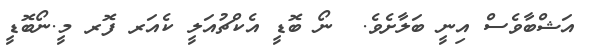
އަޝްބާވެސް އިނީ ބަލާށެވެ.  ނޯ ބޮޑީ އެކްޗުއަލީ ކެއަރ ފޮރ މީ.ނޯބޮޑީ